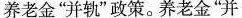
养老金”并轨”政策。养老金”并